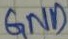
Text: GND